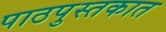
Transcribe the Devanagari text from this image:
पाठपुस्तकात